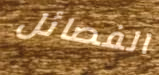
الفصائل